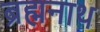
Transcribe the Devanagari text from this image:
ब्रह्मनाथ